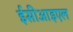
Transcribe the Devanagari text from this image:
ईसीआइएल